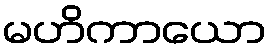
မဟိကာယော